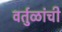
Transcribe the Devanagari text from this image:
वर्तुळांची